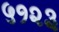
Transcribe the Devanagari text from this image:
५१२३